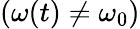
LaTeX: (\omega(t)\neq\omega_{0})